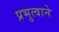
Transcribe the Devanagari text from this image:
प्रभुत्वाने